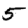
Digit: 5